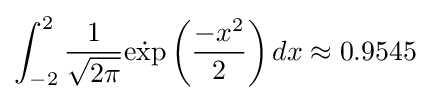
\int _{-2}^{2}{\frac {1}{\sqrt {2\pi }}}{\dot {\exp }}\left({\frac {-x^{2}}{2}}\right)dx\approx 0.9545